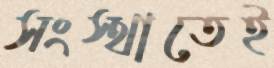
সংস্থাতেই